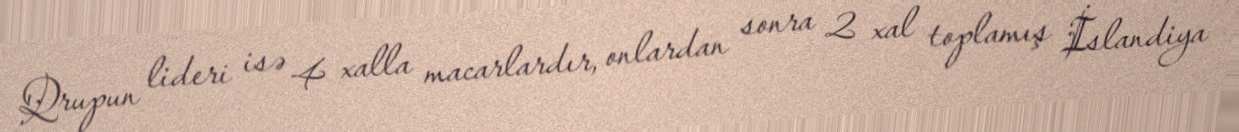
Qrupun lideri isə 4 xalla macarlardır, onlardan sonra 2 xal toplamış İslandiya